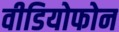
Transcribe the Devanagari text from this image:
वीडियोफोन